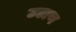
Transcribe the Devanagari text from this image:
उडाण